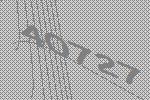
40727